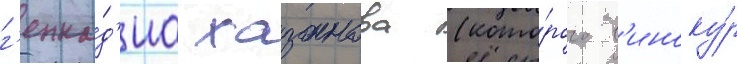
г'енна́д'иа хазанова (кото́рого в'иноку́р